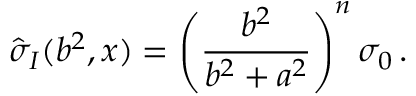
{ \hat { \sigma } } _ { I } ( b ^ { 2 } , x ) = \left( \frac { b ^ { 2 } } { b ^ { 2 } + a ^ { 2 } } \right) ^ { n } \sigma _ { 0 } \, .